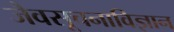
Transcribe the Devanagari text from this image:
जैवसूचनाविज्ञान